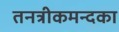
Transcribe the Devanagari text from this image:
तनत्रीकमन्दका